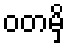
ဝတမှိ